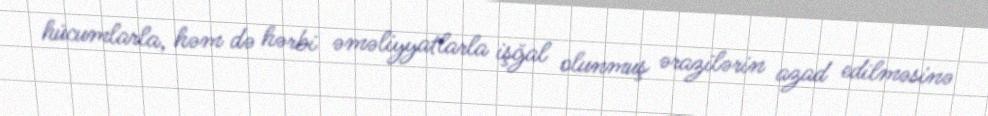
hücumlarla, həm də hərbi əməliyyatlarla işğal olunmuş ərazilərin azad edilməsinə